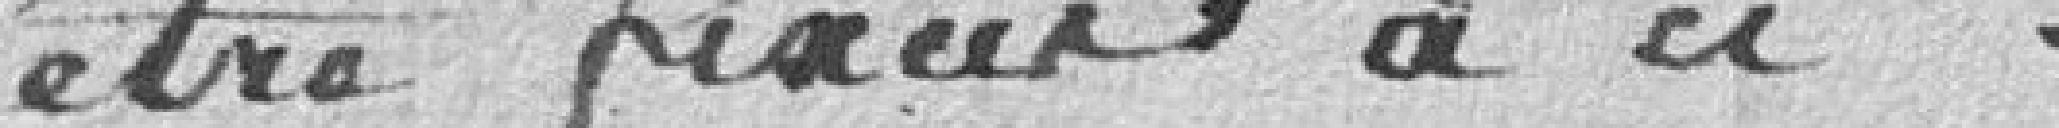
être fixées à :